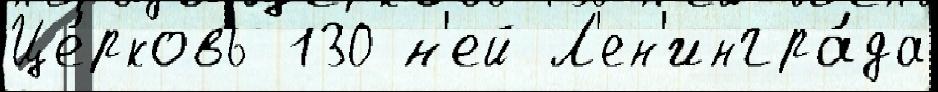
Це́рковь 130 н'ей Л'ен'ингра́да